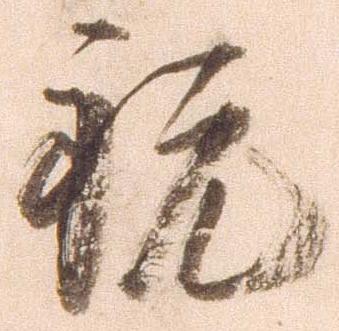
祝